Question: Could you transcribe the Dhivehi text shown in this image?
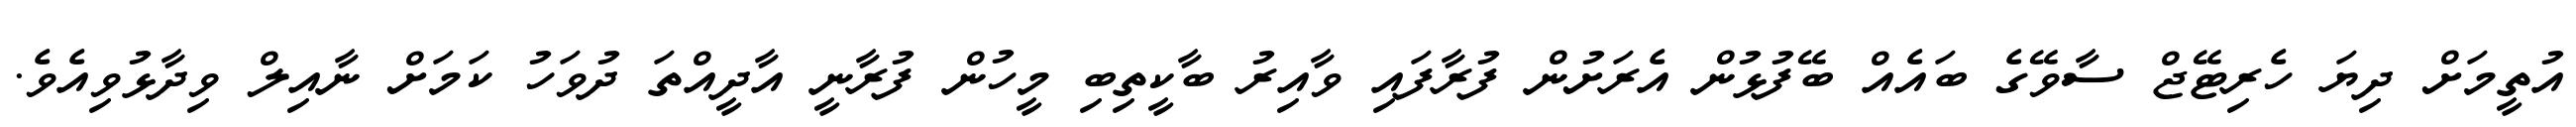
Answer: އުތީމަށް ދިޔަ ހެރިޓޭޖް ސާވޭގެ ބައެއް ބޭފުޅުން އެރަށުން ފުރާފައި ވާއިރު ބާކީތިބި މީހުން ފުރާނީ އާދީއްތަ ދުވަހު ކަމަށް ނާއިލް ވިދާޅުވިއެވެ.